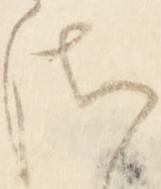
さ